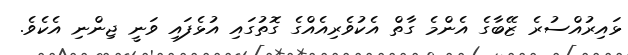
ޅައިރުއްސުރެ ޒޭބާގެ އެންމެ ގާތް އެކުވެރިއެއްގެ ގޮތުގައި އުޅެފައި ވަނީ ޖިންނި އެކެވެ.